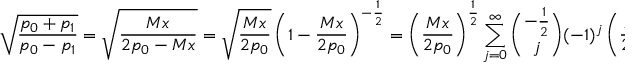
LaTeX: \sqrt { \frac { p _ { 0 } + p _ { 1 } } { p _ { 0 } - p _ { 1 } } } = \sqrt { \frac { M x } { 2 p _ { 0 } - M x } } = \sqrt { \frac { M x } { 2 p _ { 0 } } } \left( 1 - \frac { M x } { 2 p _ { 0 } } \right) ^ { - \frac 1 2 } = \left( \frac { M x } { 2 p _ { 0 } } \right) ^ { \frac 1 2 } \sum _ { j = 0 } ^ { \infty } { \binom { - \frac 1 2 } { j } } ( - 1 ) ^ { j } \left( \frac { M x } { 2 p _ { 0 } } \right) ^ { j }